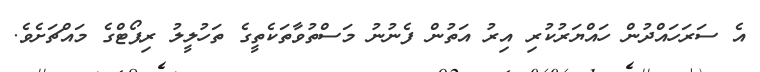
އެ ސަރަހައްދުން ހައްޔަރުކުރި އިރު އަތުން ފެނުނު މަސްތުވާތަކެތީގެ ތަހުލީލު ރިޕޯޓްގެ މައްޗަށެވެ.